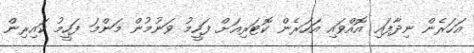
އަހަރެން ނިދާފައި އޮއްވައި އަހަރެން ކޮޓަރިއަށް ފަހީމު ވަނުމުން މަންމަ ފަހީމު ކައިރިން